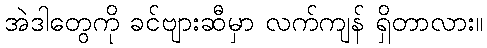
အဲဒါတွေကို ခင်ဗျားဆီမှာ လက်ကျန် ရှိတာလား။